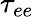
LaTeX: \tau_{ee}